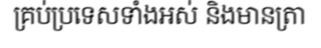
គ្រប់ប្រទេសទាំងអស់ និងមានត្រា